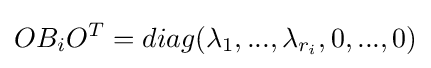
OB_{i}O^{T}=diag(\lambda _{1},...,\lambda _{r_{i}},0,...,0)